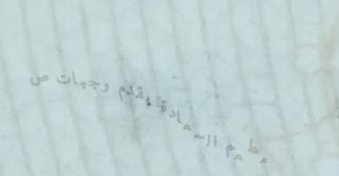
مطعم السعادة يقدم وجبات ص